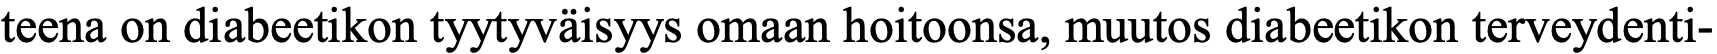
teena on diabeetikon tyytyväisyys omaan hoitoonsa, muutos diabeetikon terveydenti-